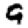
Digit: 9